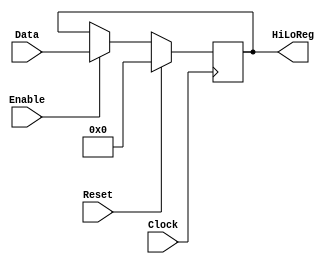
`timescale 1ns / 1ps

////////////////////////////////////////////////////////////////////////////////
// ECE369 - Computer Architecture
// 
// Student(s) Name and Last Name: Diego Moscoso, Fausto Sanchez, Jake Summerville
//
// Module           : HILORegister.v
// Description      : 
//
// INPUTS
//
// OUTPUTS
//
// FUNCTIONALITY
//
////////////////////////////////////////////////////////////////////////////////

module HILORegister(HiLoReg, Data, Enable, Clock, Reset);

    input Clock, Reset, Enable;
    input [63:0] Data;
    
    output reg [63:0] HiLoReg;
    
    initial begin
        HiLoReg <= 64'd0;
    end

    always @(negedge Clock) begin
        if (Reset) HiLoReg <= 64'd0;
        else if (Enable) HiLoReg <= Data;
    end

endmodule